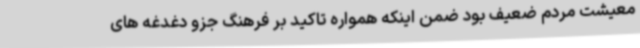
معیشت مردم ضعیف بود ضمن اینکه همواره تاکید بر فرهنگ جزو دغدغه های